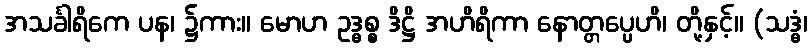
အသင်္ခါရိကေ ပန၊ ၌ကား။ မောဟ ဥဒ္ဓစ္စ ဒိဋ္ဌိ အဟိရိကာ နောတ္တပ္ပေဟိ၊ တို့နှင့်။ (သဒ္ဓံ၊